Annual report of the Central Committee of the Association together with the report of the directors of the Pasteur Institute at Kasauli
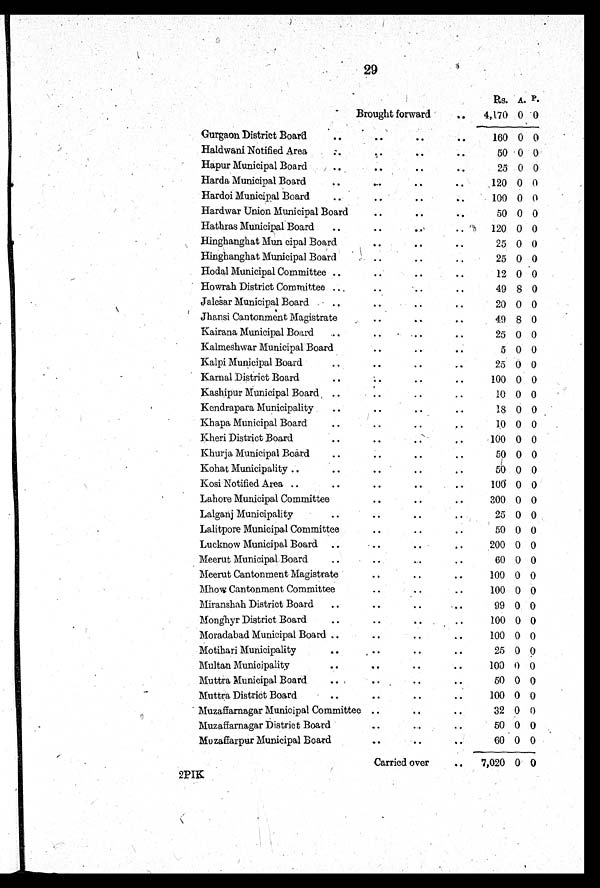
29
Rs. A. P .
Brought forward
. .
4,170 0 0
Gurgaon District Board
. .
. .
. .
. . 160 0 0
Haldwani Notified Area .. ..
50 0 0
Hapur Municipal Board .. .. ..
25 0 0
Harda Municipal Board .. ..
120 0 0
Hardoi Municipal Board .. .. ..
100 0 0
Hardwar Union Municipal Board .. .. ..
50 0 0
Hathras Municipal Board .. .. ..
120 0 0
Hinghanghat Municipal Board .. .. ..
25 0 0
Hinghanghat Municipal Board .. ..
25 0 0
Hodal Municipal Committee .. .. ..
12 0 0
Howrah District Committee .. .. ..
49 8 0
Jalesar Municipal Board .. .. .. ..
20 0 0
Jhansi Cantonment Magistrate .. .. ..
49 8 0
Kairana Municipal Board .. .. ..
25 0 0
Kalmeshwar Municipal Board. ..
5 0 0
Kalpi Municipal Board .. .. .. ..
25 0 0
Karnal District Board .. .. ..
100 0 0
Kashipur Municipal Board .. ..
10 0 0
Kendrapara Municipality .. .. .. ..
18 0 0
Khapa Municipal Board .. .. ..
10 0 0
Kheri District Board .. .. ..
100 0 0
Khurja Municipal Board .. .. .. ..
50 0 0
Kohat Municipality .. .. .. ..
50 0 0
Kosi Notified Area .. .. .. .. ..
100 0 0
Lahore Municipal Committee .. .. ..
300 0 0
Lalganj Municipality .. .. ..
25 0 0
Lalitpore Municipal Committee .. .. ..
50 0 0
Lucknow Municipal Board .. ..
200 0 0
Meerut Municipal Board .. .. ..
60 0 0
Meerut Cantonment Magistrate .. .. ..
100 0 0
Mhow Cantonment Committee .. .. ..
100 0 0
Miranshah District Board .. .. ..
99 0 0
Monghyr District Board . .
. .
. .
. .
100 0 0
Moradabad Municipal Board .. .. ..
100 0 0
Motihari Municipality .. .. ..
25 0 0
Multan Municipality .. .. .. ..
100 0 0
Muttra Municipal Board .. .. ..
50 0 0
Muttra District Board
. .
. .
100 0 0
Muzaffarnagar Municipal Committee . .
32 0 0
Muzaffarnagar District Board .. ..
50 0 0
Muzaffarpur Municipal Board .. ..
60 0 0
Carried over
. .
7,020 0 0
2PIK